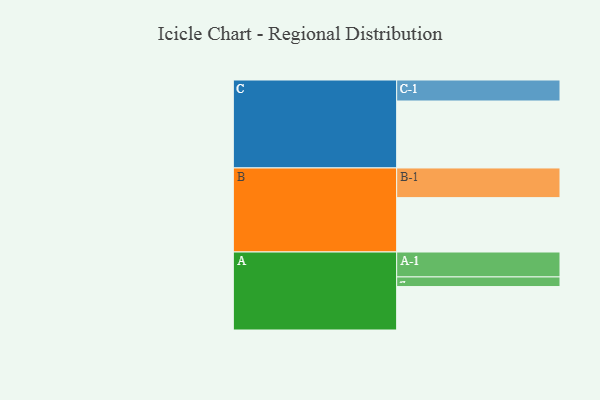
{"axis": {"x": "Segment", "y": "Value"}, "legend": ["", "A", "B", "C"], "data": [{"x": "A", "y": 366, "type": ""}, {"x": "B", "y": 458, "type": ""}, {"x": "C", "y": 564, "type": ""}, {"x": "A-1", "y": 210, "type": "A"}, {"x": "A-2", "y": 81, "type": "A"}, {"x": "B-1", "y": 250, "type": "B"}, {"x": "C-1", "y": 177, "type": "C"}]}